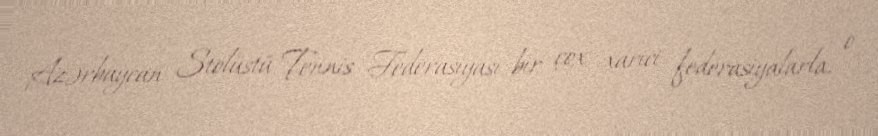
Azərbaycan Stolüstü Tennis Federasiyası bir çox xarici federasiyalarla, o